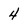
Character: 4